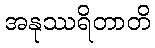
အနုဿရိတာတိ